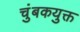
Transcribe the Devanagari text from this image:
चुंबकयुक्त